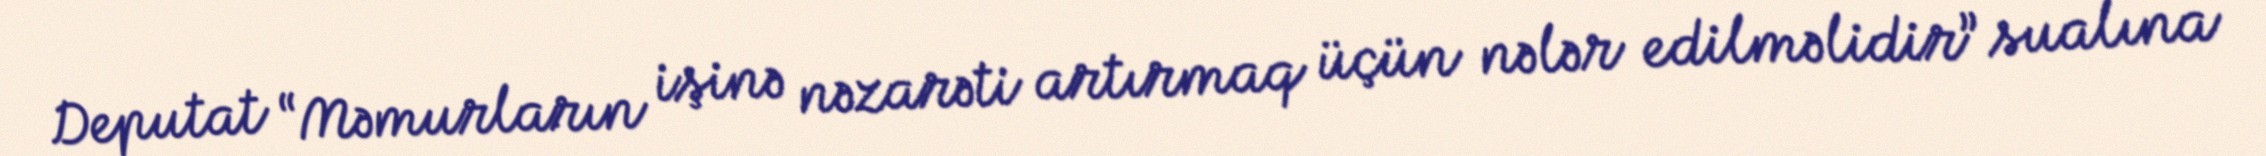
Deputat “Məmurların işinə nəzarəti artırmaq üçün nələr edilməlidir” sualına